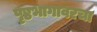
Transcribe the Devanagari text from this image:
पृष्ठभागावरचा